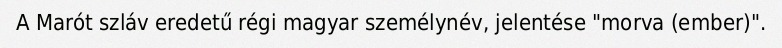
A Marót szláv eredetű régi magyar személynév, jelentése "morva (ember)".